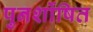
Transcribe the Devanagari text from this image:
पुनर्शोषित